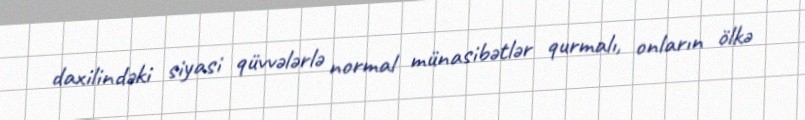
daxilindəki siyasi qüvvələrlə normal münasibətlər qurmalı, onların ölkə